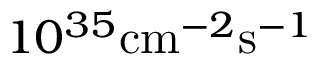
1 0 ^ { 3 5 } \mathrm { c m } ^ { - 2 } \mathrm { s } ^ { - 1 }